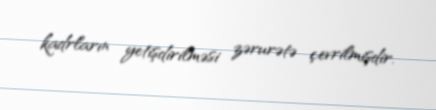
kadrların yetişdirilməsi zərurətə çevrilmişdir.